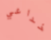
خداعي